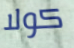
كولا